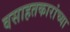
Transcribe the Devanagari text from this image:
वसाहतकारांच्या